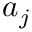
a _ { j }